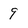
Character: 9